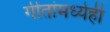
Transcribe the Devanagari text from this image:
गीतांमध्येही